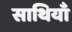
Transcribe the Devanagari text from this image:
साथियाँ